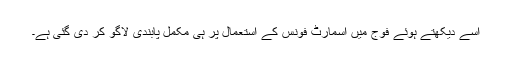
اسے دیکھتے ہوئے فوج میں اسمارٹ فونس کے استعمال پر ہی مکمل پابندی لاگو کر دی گئی ہے۔